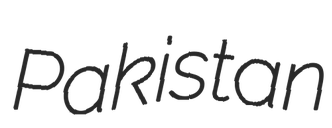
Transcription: Pakistan